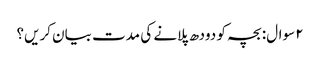
۲ سوال: بچہ کو دودھ پلانے کی مدت بیان کریں؟